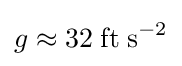
g\approx 32\;{\rm {ft}}\;{\rm {s}}^{-2}